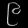
Digit: ၉